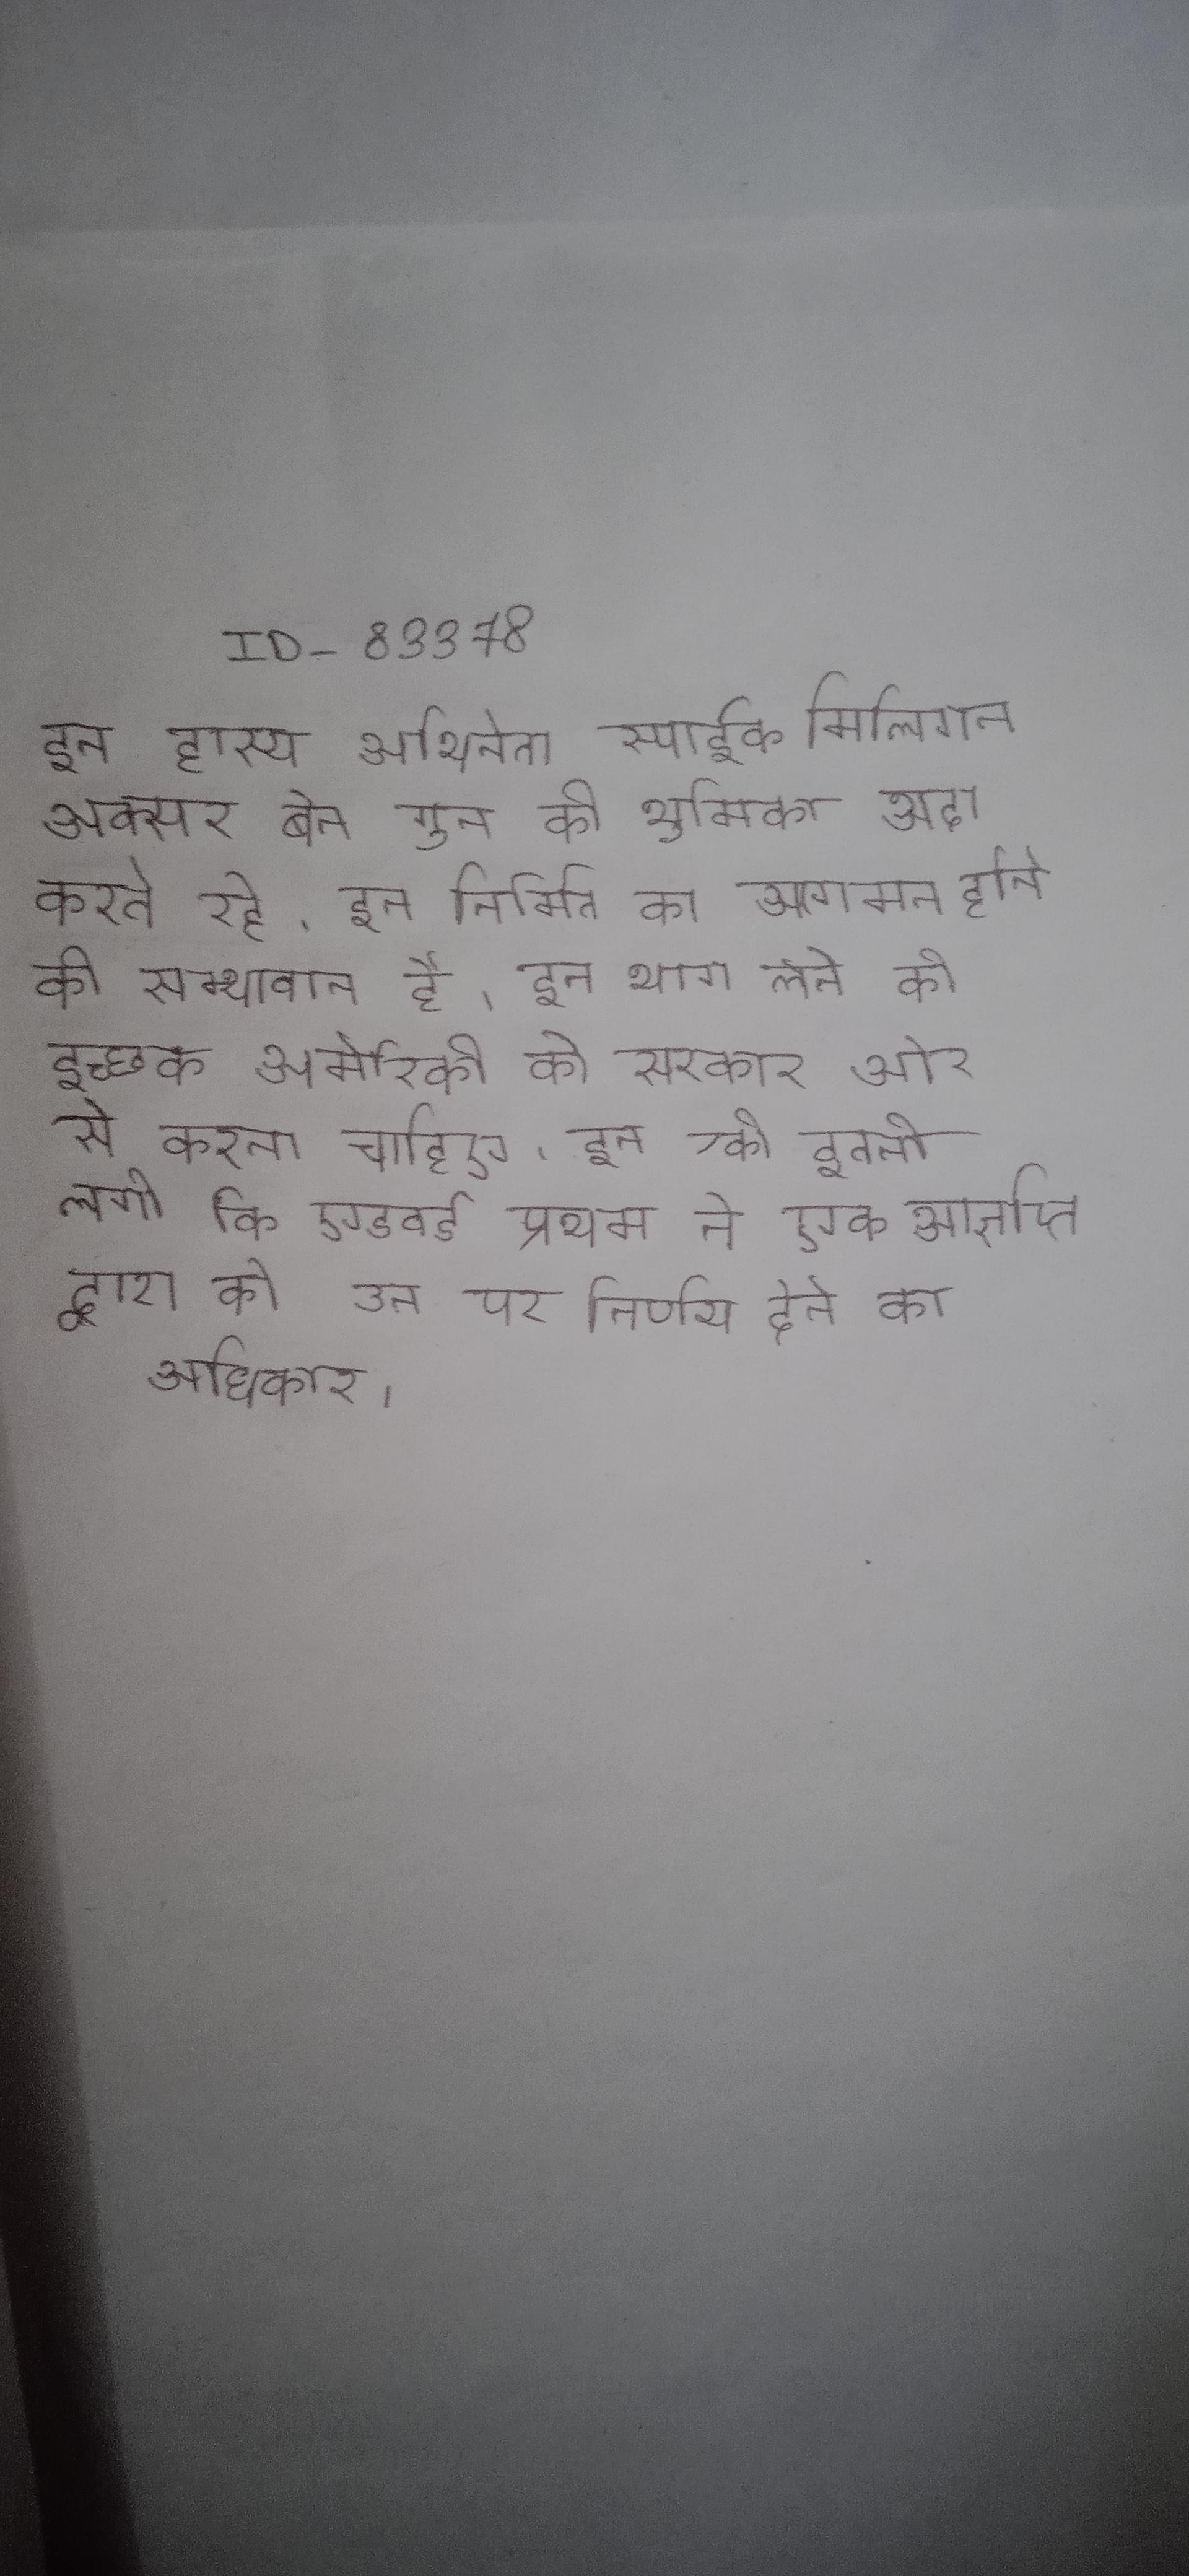
इन हास्य अभिनेता स्पाईक मिलिगन अक्सर बेन गुन की भूमिका अदा करते रहे । इन निर्मित का आगमन होने की सम्भावना है । इन भाग लेने की इच्छुक अमेरिकी को सरकार और से करना चाहिए । इन की इतनी लगी कि एडवर्ड प्रथम ने एक आज्ञप्ति द्वारा को उन पर निर्णय देने का अधिकार ।